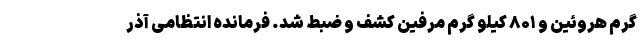
گرم هروئین و ۸۰۱ کیلو گرم مرفین کشف و ضبط شد. فرمانده انتظامی آذر